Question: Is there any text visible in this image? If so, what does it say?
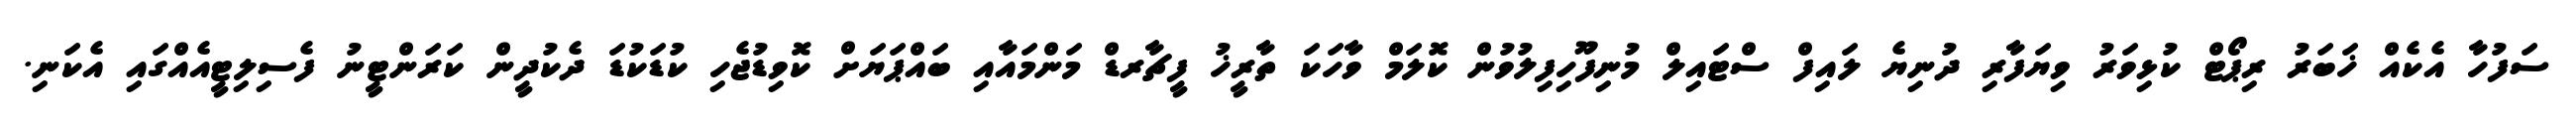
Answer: ސަފުހާ އެކެއް ޚަބަރު ރިޕޯޓް ކުޅިވަރު ވިޔަފާރި ދުނިޔެ ލައިފް ސްޓައިލް މުނިފޫހިފިލުވުން ކޮލަމް ވާހަކަ ތާރީޚު ފީޗާރޑް މަންމައާއި ބައްޕަޔަށް ކޮވިޑުޖެހި ކުޑަކުޑަ ދެކުދީން ކަރަންޓީނު ފެސިލިޓީއެއްގައި އެކަނި.